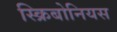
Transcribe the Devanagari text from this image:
स्क्रिबोनियस